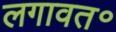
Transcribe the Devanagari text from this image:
लगावत॰